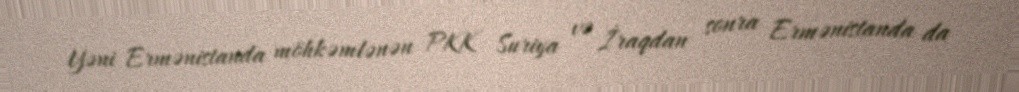
Yəni Ermənistanda möhkəmlənən PKK Suriya və İraqdan sonra Ermənistanda da